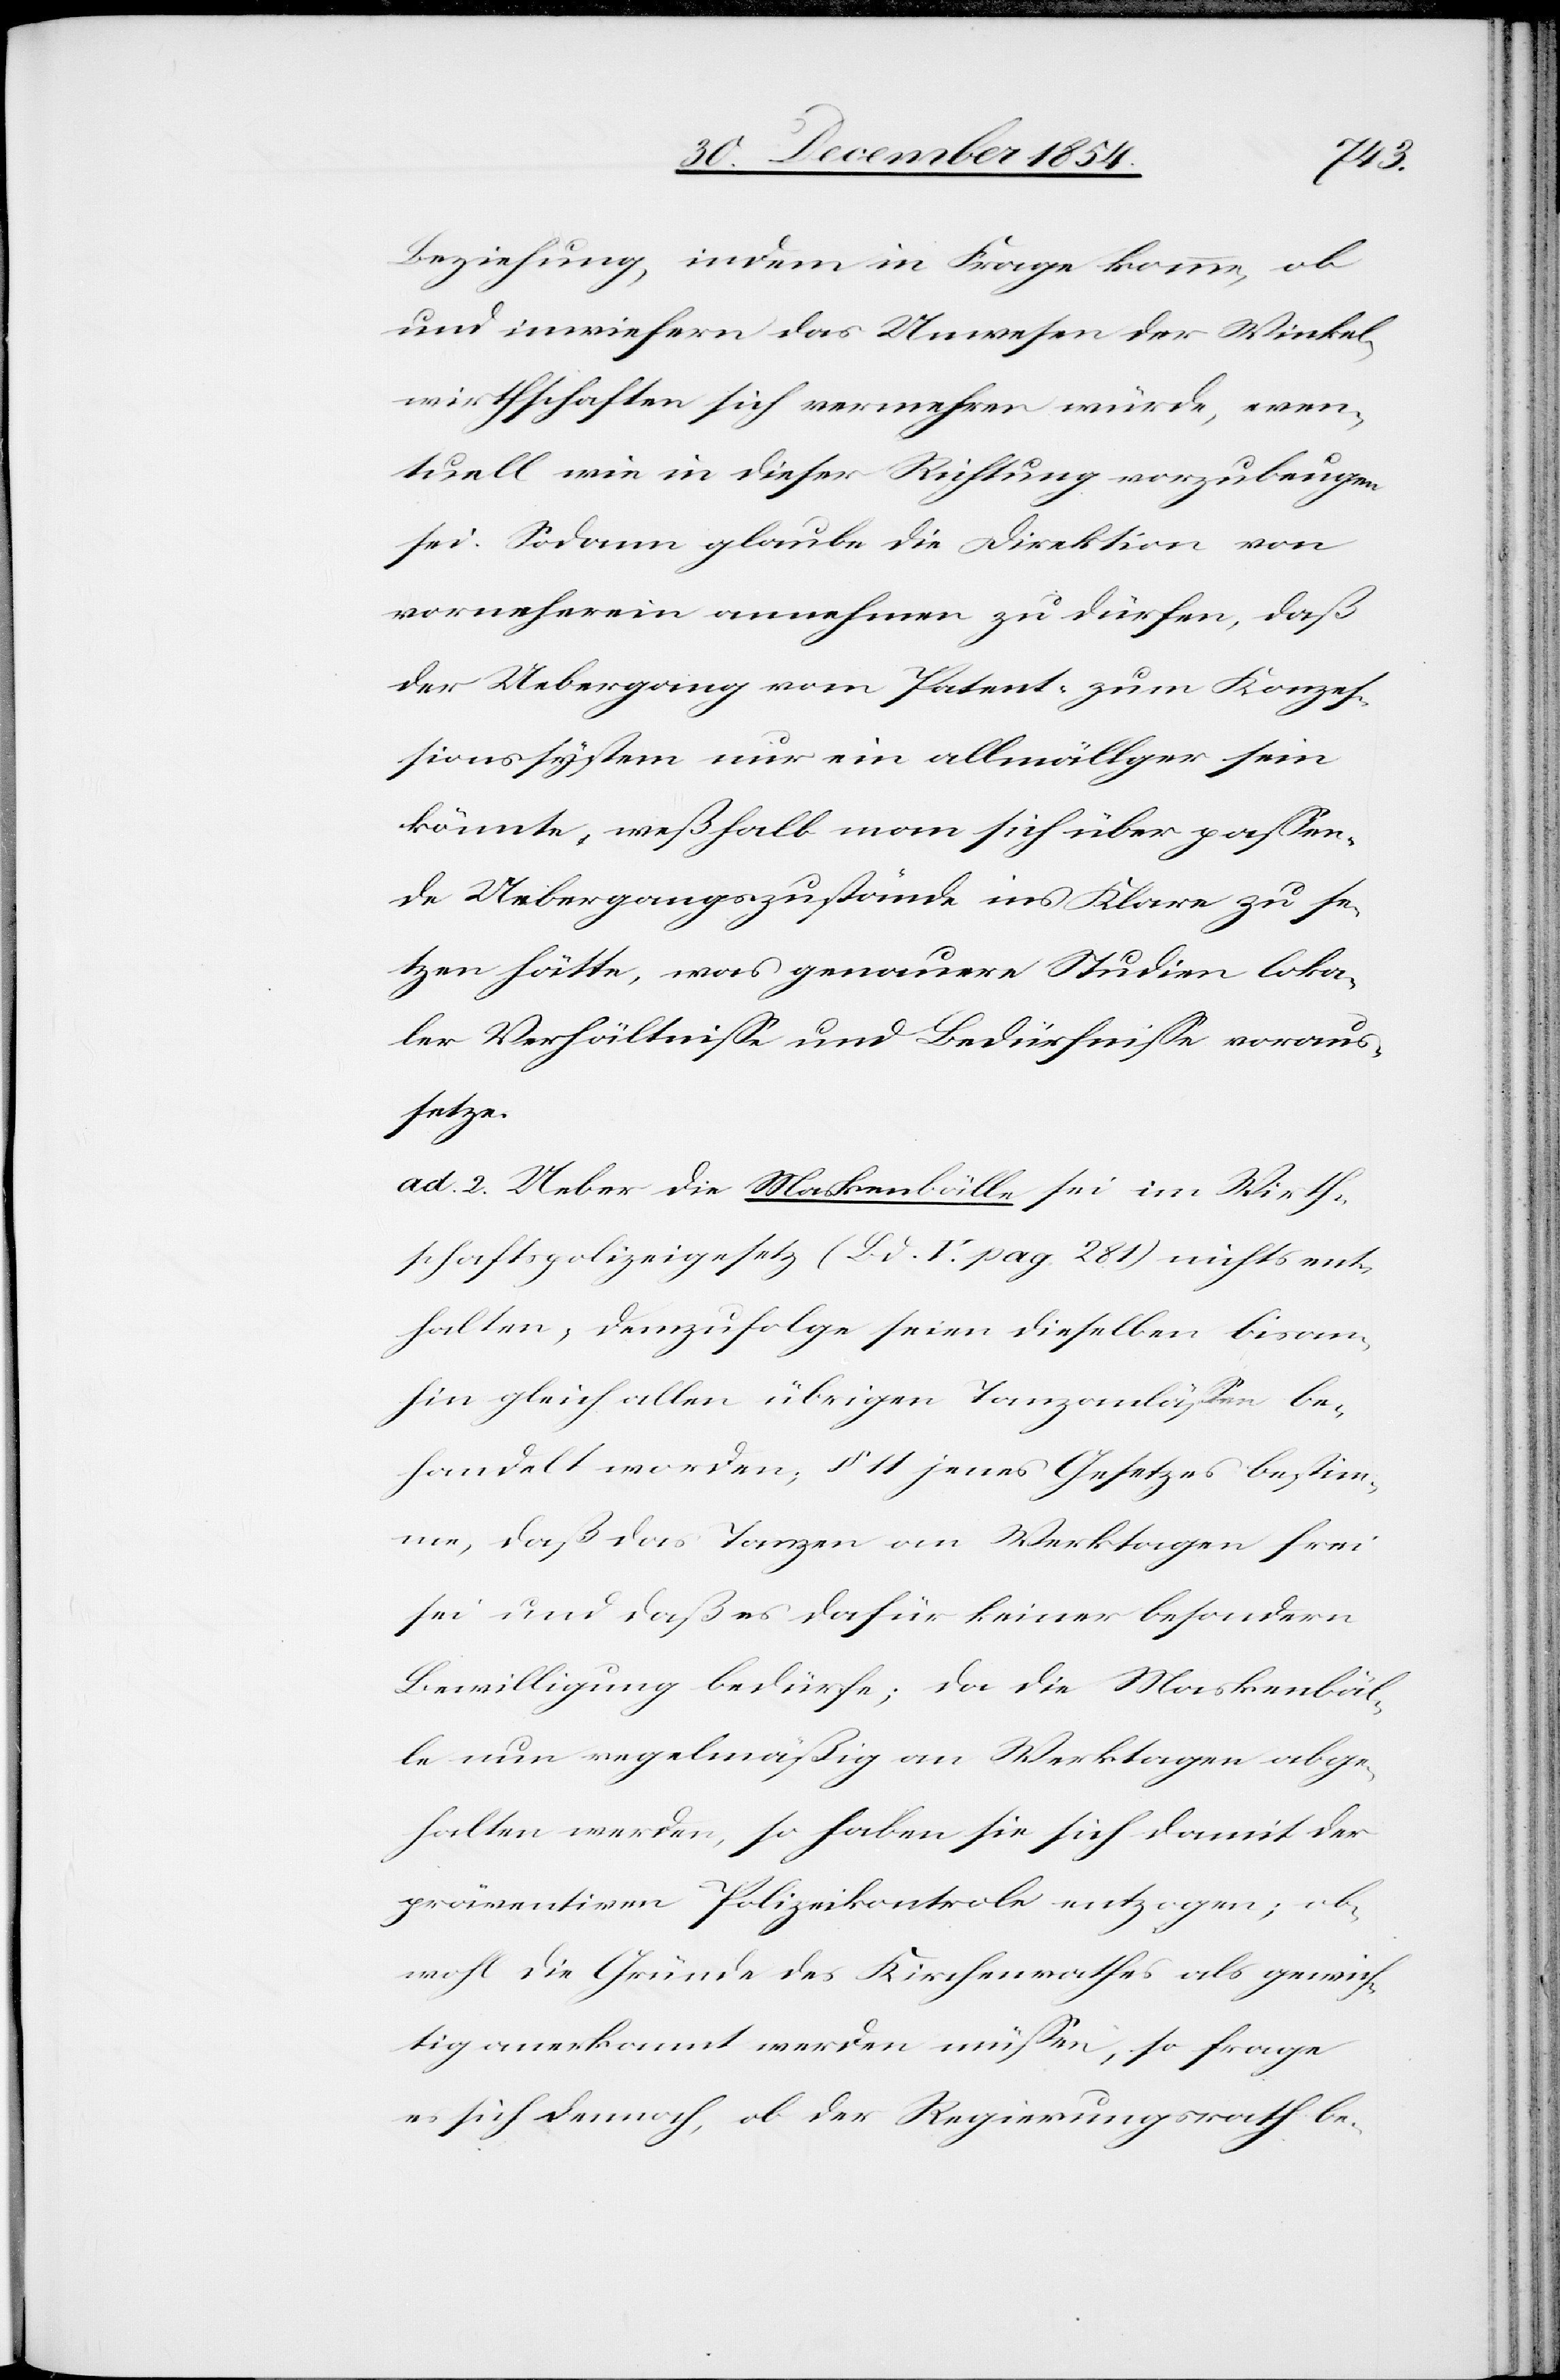
Beziehung, indem in Frage komme, ob
und inwiefern das Unwesen der Winkel¬
wirthschaften sich vermehren würde, even¬
tuell wie in dieser Richtung vorzubeugen
sei. Sodann glaube die Direktion von
vorneherein annehmen zu dürfen, daß
der Uebergang vom Patent- zum Konzeß¬
ionssystem nur ein allmälliger sein
könnte, weßhalb man sich über paßen¬
de Uebergangszustände ins Klare zu se¬
tzen hätte, was genauere Studien loka¬
ler Verhältniße und Bedürfniße voraus¬
setze.
ad. 2. Ueber die Maskenbälle sei im Wirth¬
schaftspolizeigesetz (Bd. V. pag. 281) nichts ent¬
halten, demzufolge seien dieselben bisan¬
hin gleich allen übrigen Tanzanläßen be¬
handelt worden; § 11 jenes Gesetzes bestim¬
me, daß das Tanzen an Werktagen frei
sei und daß es dafür keiner besondern
Bewilligung bedürfe; da die Maskenbäl¬
le nun regelmäßig an Werktagen abge¬
halten werden, so haben sie sich damit der
präventiven Polizeikontrole entzogen; ob¬
wohl die Gründe des Kirchenrathes als gewich¬
tig anerkannt werden müßen, so frage
es sich dennoch, ob der Regierungsrath be-